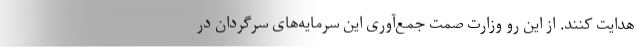
هدایت کنند. از این رو وزارت صمت جمع‌آوری این سرمایه‌های سرگردان در